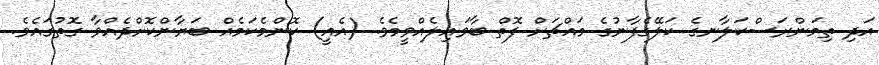
އަދި ތިމަންރަސްކަލާނގެ ކަލޭގެފާނުގެ މައްޗަށް ފޮތް ބާވައިލެއްވީމެވެ. (އެއީ) ކޮންމެކަމެއް ބަޔާންކޮށްދެއްވާ ގޮތުގައެވެ.